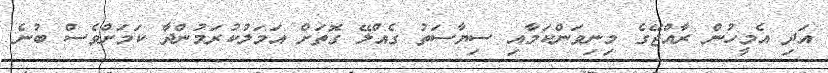
އަދި އެމީހުން ރާއްޖޭގެ މިނިވަންކަމާއި ސިޔާސަތު ގެއްލޭ ގޮތަށް އަމަލުކުރަމުންދާ ކަމަށްވެސް ބުނެ